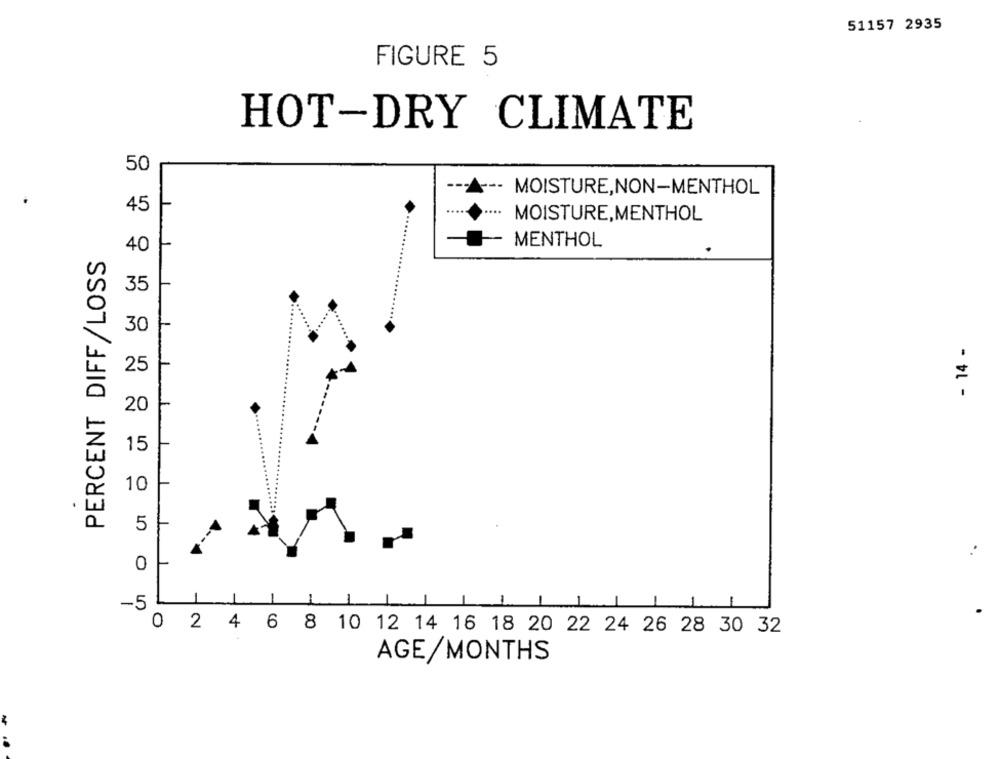
51157 2935
FIGURE 5
HOT-DRY CLIMATE
50
--
MOISTURE,NON-MENTHOL
45
....
MOISTURE,MENTHOL
MENTHOL
40
PERCENT DIFF/LOSS
35
30
- 14 -
25
20
15
10
5
0
-5
L
1
O
2 4 6 8 10 12 14 16 18 20 22 24 26 28 30 32
AGE/MONTHS